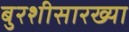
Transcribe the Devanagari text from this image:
बुरशीसारख्या